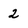
Character: 2